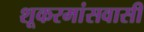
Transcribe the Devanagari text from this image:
शूकरमांसवासी